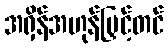
အရှိန်အဟုန်မြှင့်တင်